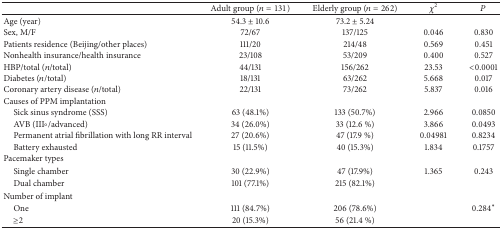
<table><thead><tr><td><b> </b></td><td><b>Adult group (<i>n</i> = 131)</b></td><td><b>Elderly group (<i>n</i> = 262)</b></td><td><b><i>χ</i><sup>2</sup></b></td><td><b><i>P</i></b></td></tr></thead><tbody><tr><td>Age (year)</td><td>54.3 ± 10.6</td><td>73.2 ± 5.24</td><td> </td><td> </td></tr><tr><td>Sex, M/F</td><td>72/67</td><td>137/125</td><td>0.046</td><td>0.830</td></tr><tr><td>Patients residence (Beijing/other places)</td><td>111/20</td><td>214/48</td><td>0.569</td><td>0.451</td></tr><tr><td>Nonhealth insurance/health insurance</td><td>23/108</td><td>53/209</td><td>0.400</td><td>0.527</td></tr><tr><td>HBP/total (<i>n</i>/total)</td><td>44/131</td><td>156/262</td><td>23.53</td><td>&lt;0.0001</td></tr><tr><td>Diabetes (<i>n</i>/total)</td><td>18/131</td><td>63/262</td><td>5.668</td><td>0.017</td></tr><tr><td>Coronary artery disease (<i>n</i>/total)</td><td>22/131</td><td>73/262</td><td>5.837</td><td>0.016</td></tr><tr><td>Causes of PPM implantation </td><td> </td><td> </td><td> </td><td> </td></tr><tr><td> Sick sinus syndrome (SSS)</td><td>63 (48.1%)</td><td>133 (50.7%)</td><td>2.966</td><td>0.0850</td></tr><tr><td> AVB (III∘/advanced)</td><td>34 (26.0%)</td><td>33 (12.6 %)</td><td>3.866</td><td>0.0493</td></tr><tr><td> Permanent atrial fibrillation with long RR interval</td><td>27 (20.6%)</td><td>47 (17.9 %)</td><td>0.04981</td><td>0.8234</td></tr><tr><td> Battery exhausted</td><td>15 (11.5%)</td><td>40 (15.3%)</td><td>1.834</td><td>0.1757</td></tr><tr><td>Pacemaker types</td><td> </td><td> </td><td> </td><td> </td></tr><tr><td> Single chamber</td><td>30 (22.9%)</td><td>47 (17.9%)</td><td>1.365</td><td>0.243</td></tr><tr><td> Dual chamber</td><td>101 (77.1%)</td><td>215 (82.1%)</td><td> </td><td> </td></tr><tr><td>Number of implant</td><td> </td><td> </td><td> </td><td> </td></tr><tr><td> One</td><td>111 (84.7%)</td><td>206 (78.6%)</td><td> </td><td>0.284*</td></tr><tr><td> ≥2</td><td>20 (15.3%)</td><td>56 (21.4 %)</td><td> </td><td> </td></tr></tbody></table>